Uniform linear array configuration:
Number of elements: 64
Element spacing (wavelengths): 0.25
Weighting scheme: blackman
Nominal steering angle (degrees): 30
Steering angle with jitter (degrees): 30.561
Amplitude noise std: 0.05
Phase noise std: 0.05

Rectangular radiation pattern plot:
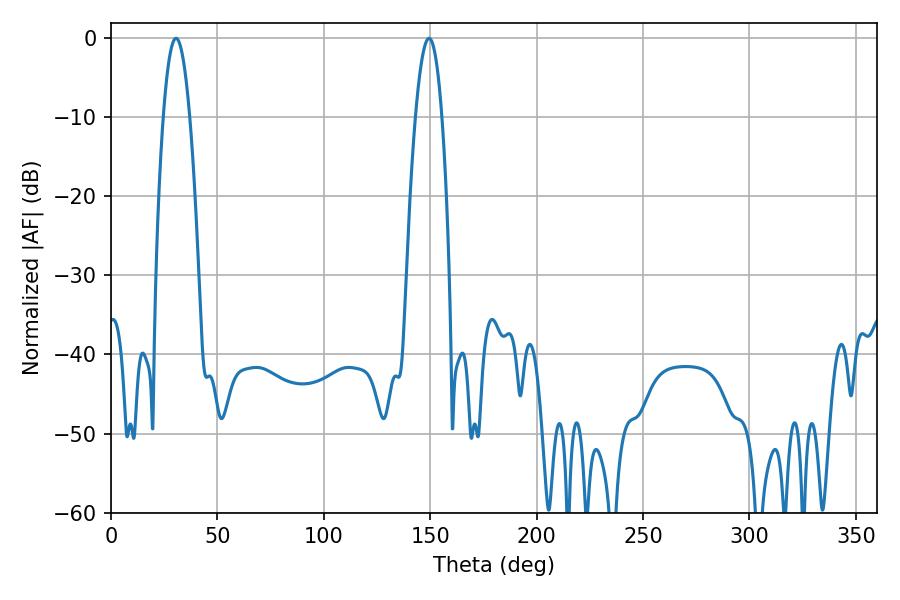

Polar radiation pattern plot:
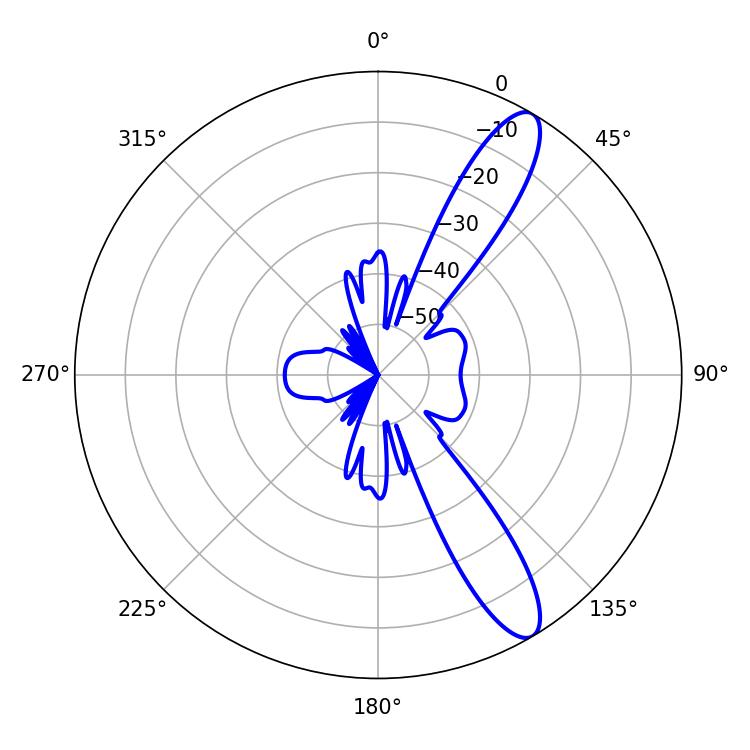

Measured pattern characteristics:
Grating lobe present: FALSE
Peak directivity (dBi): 11.836
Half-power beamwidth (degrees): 6.84
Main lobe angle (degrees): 30.6